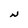
Character: N